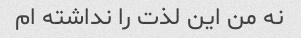
نه من این لذت را نداشته ام